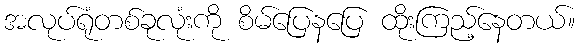
အလုပ်ရုံတစ်ခုလုံးကို စိမ်ပြေနပြေ ထိုးကြည့်နေတယ်။